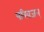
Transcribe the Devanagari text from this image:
परिवजन्